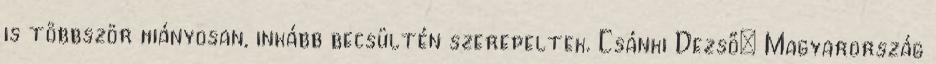
is többször hiányosan, inkább becsültén szerepeltek. Csánki Dezső: Magyarország